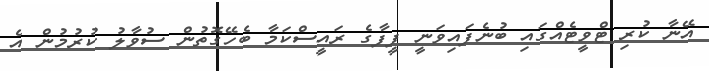
އޭނާ ކުރި ޓްވީޓެއްގައި ބުނެފައިވަނީ ފީފާގެ ރައީސްކަމާ ބެހޭގޮތުން ސުވާލު ކުރުމުން އެ